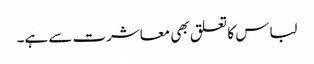
لباس کا تعلق بھی معاشرت سے ہے۔